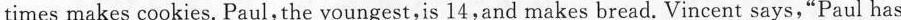
times makes cookies. Paul,the youngest,is 14,and makes bread. Vincent says,"Paul has